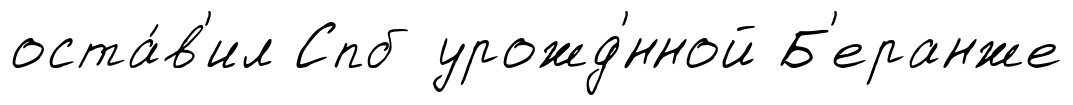
оста́в'ил Спб урожд'́нной Б'еранже